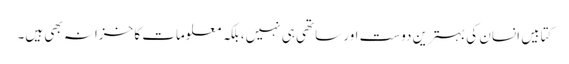
کتابیں انسان کی بہترین دوست اور ساتھی ہی نہیں، بلکہ معلومات کا خزانہ بھی ہیں۔